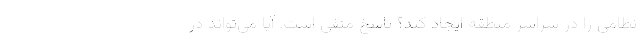
نظامی را در سراسر منطقه ایجاد کند؟ پاسخ منفی است. آیا می‌تواند در